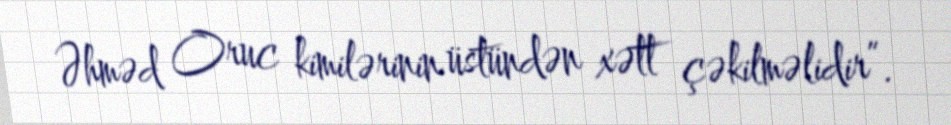
Əhməd Oruc kimilərinin üstündən xətt çəkilməlidir”.